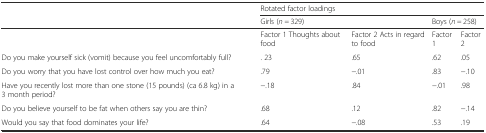
| <ROWSPAN=2>  | <COLSPAN=4> Rotated factor loadings |
 | <COLSPAN=2> Girls (n = 329) | <COLSPAN=2> Boys (n = 258) |
 | --- | --- | --- | --- | --- |
 |  | Factor 1 Thoughts about food | Factor 2 Acts in regard to food | Factor 1 | Factor 2 |
 | Do you make yourself sick (vomit) because you feel uncomfortably full? | . 23 | .65 | .62 | .05 |
 | Do you worry that you have lost control over how much you eat? | .79 | −.01 | .83 | −.10 |
 | Have you recently lost more than one stone (15 pounds) (ca 6.8 kg) in a 3 month period? | −.18 | .84 | −.01 | .98 |
 | Do you believe yourself to be fat when others say you are thin? | .68 | .12 | .82 | −.14 |
 | Would you say that food dominates your life? | .64 | −.08 | .53 | .19 |